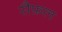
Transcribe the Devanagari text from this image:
सैफ़ल